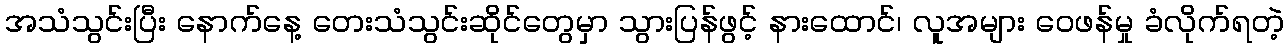
အသံသွင်းပြီး နောက်နေ့ တေးသံသွင်းဆိုင်တွေမှာ သွားပြန်ဖွင့် နားထောင်၊ လူအများ ဝေဖန်မှု ခံလိုက်ရတဲ့